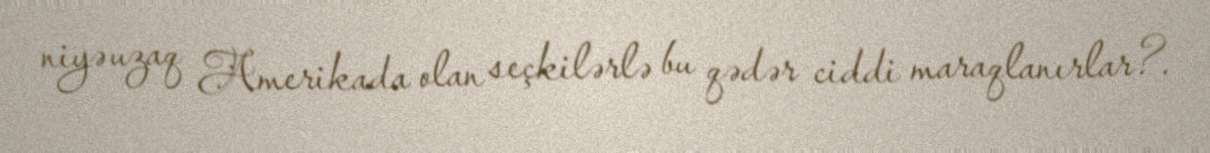
niyə uzaq Amerikada olan seçkilərlə bu qədər ciddi maraqlanırlar?.